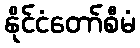
နိုင်ငံတော်စီမံ